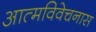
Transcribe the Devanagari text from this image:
आत्मविवेचनास